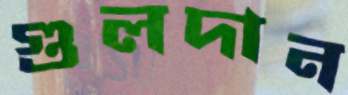
গুলদান